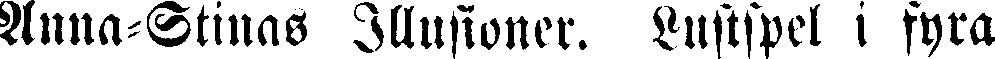
Anna-Stinas Illusioner. Lustspel i fyra